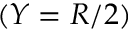
( Y = R / 2 )